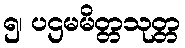
၅၊ ပဌမမိတ္တသုတ္တ